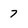
Character: 7